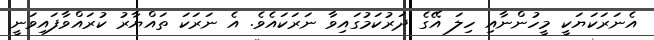
އެނަރަކަޔަކީ މީހުންނާއި ހިލަ އޭގެ ދަރުކަމުގައިވާ ނަރަކައެވެ. އެ ނަރަކަ ތައްޔާރު ކުރައްވާފައިވަނީ